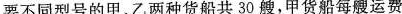
要不同型号的甲、乙两种货船共30艘，甲货船每艘运费